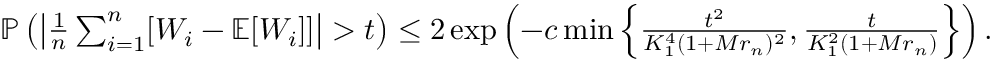
\begin{array} { r } { \operatorname { \mathbb P } \left( \left| \frac 1 n \sum _ { i = 1 } ^ { n } [ W _ { i } - \operatorname { \mathbb E } [ W _ { i } ] ] \right| > t \right) \le 2 \exp \left( - c \operatorname* { m i n } \left\{ \frac { t ^ { 2 } } { K _ { 1 } ^ { 4 } ( 1 + M r _ { n } ) ^ { 2 } } , \frac { t } { K _ { 1 } ^ { 2 } ( 1 + M r _ { n } ) } \right\} \right) . } \end{array}